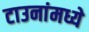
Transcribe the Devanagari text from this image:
टाउनांमध्ये